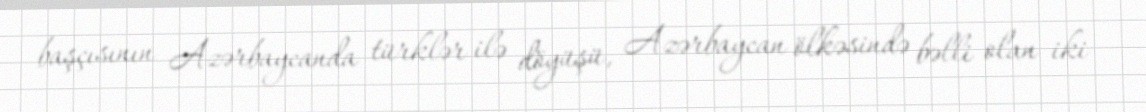
başçısının Azərbaycanda türklər ilə döyüşü, Azərbaycan ölkəsində bəlli olan iki